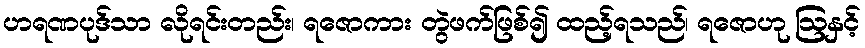
ဟရဏပုဒ်သာ လိုရင်းတည်း၊ ရဇောကား တွဲဖက်ဖြစ်၍ ထည့်ရသည်၊ ရဇောဟု ဩနှင့်